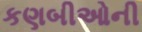
કણબીઓની